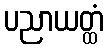
ပညာယတ္ထံ